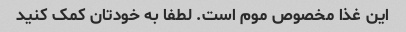
این غذا مخصوص موم است. لطفا به خودتان کمک کنید